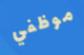
موظفي